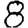
Digit: 8